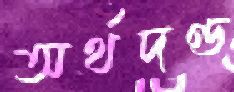
অর্থদণ্ড